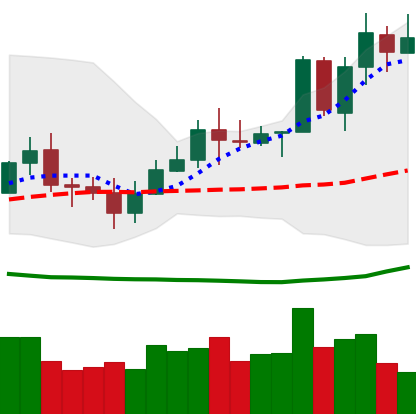
Ticker: TRX-USD
Chart end date: 2020-07-11
Forward return: -6.654%
Label: down_5_7